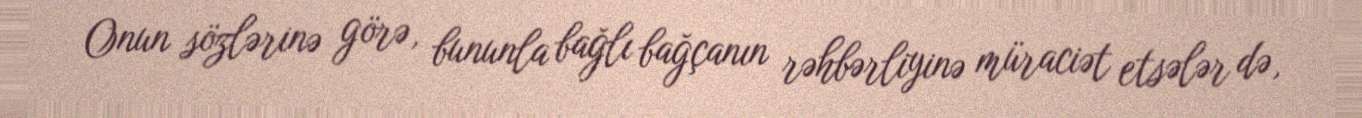
Onun sözlərinə görə, bununla bağlı bağçanın rəhbərliyinə müraciət etsələr də,